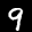
Label: 9